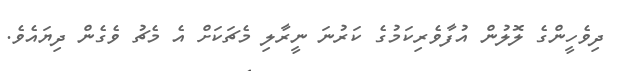
ދިވެހީންގެ ލޮލުން އުފާވެރިކަމުގެ ކަރުނަ ނީރާލި މެޗަކަށް އެ މެޗު ވެގެން ދިޔައެވެ.